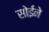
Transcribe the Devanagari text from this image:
सोईने